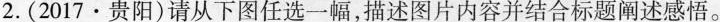
2. (2017·贵阳) 请从下图任选一幅，描述图片内容并结合标题阐述感悟。